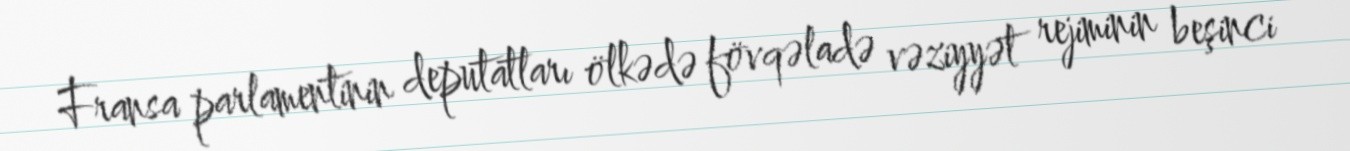
Fransa parlamentinin deputatları ölkədə fövqəladə vəziyyət rejiminin beşinci